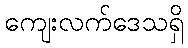
ကျေးလက်ဒေသရှိ